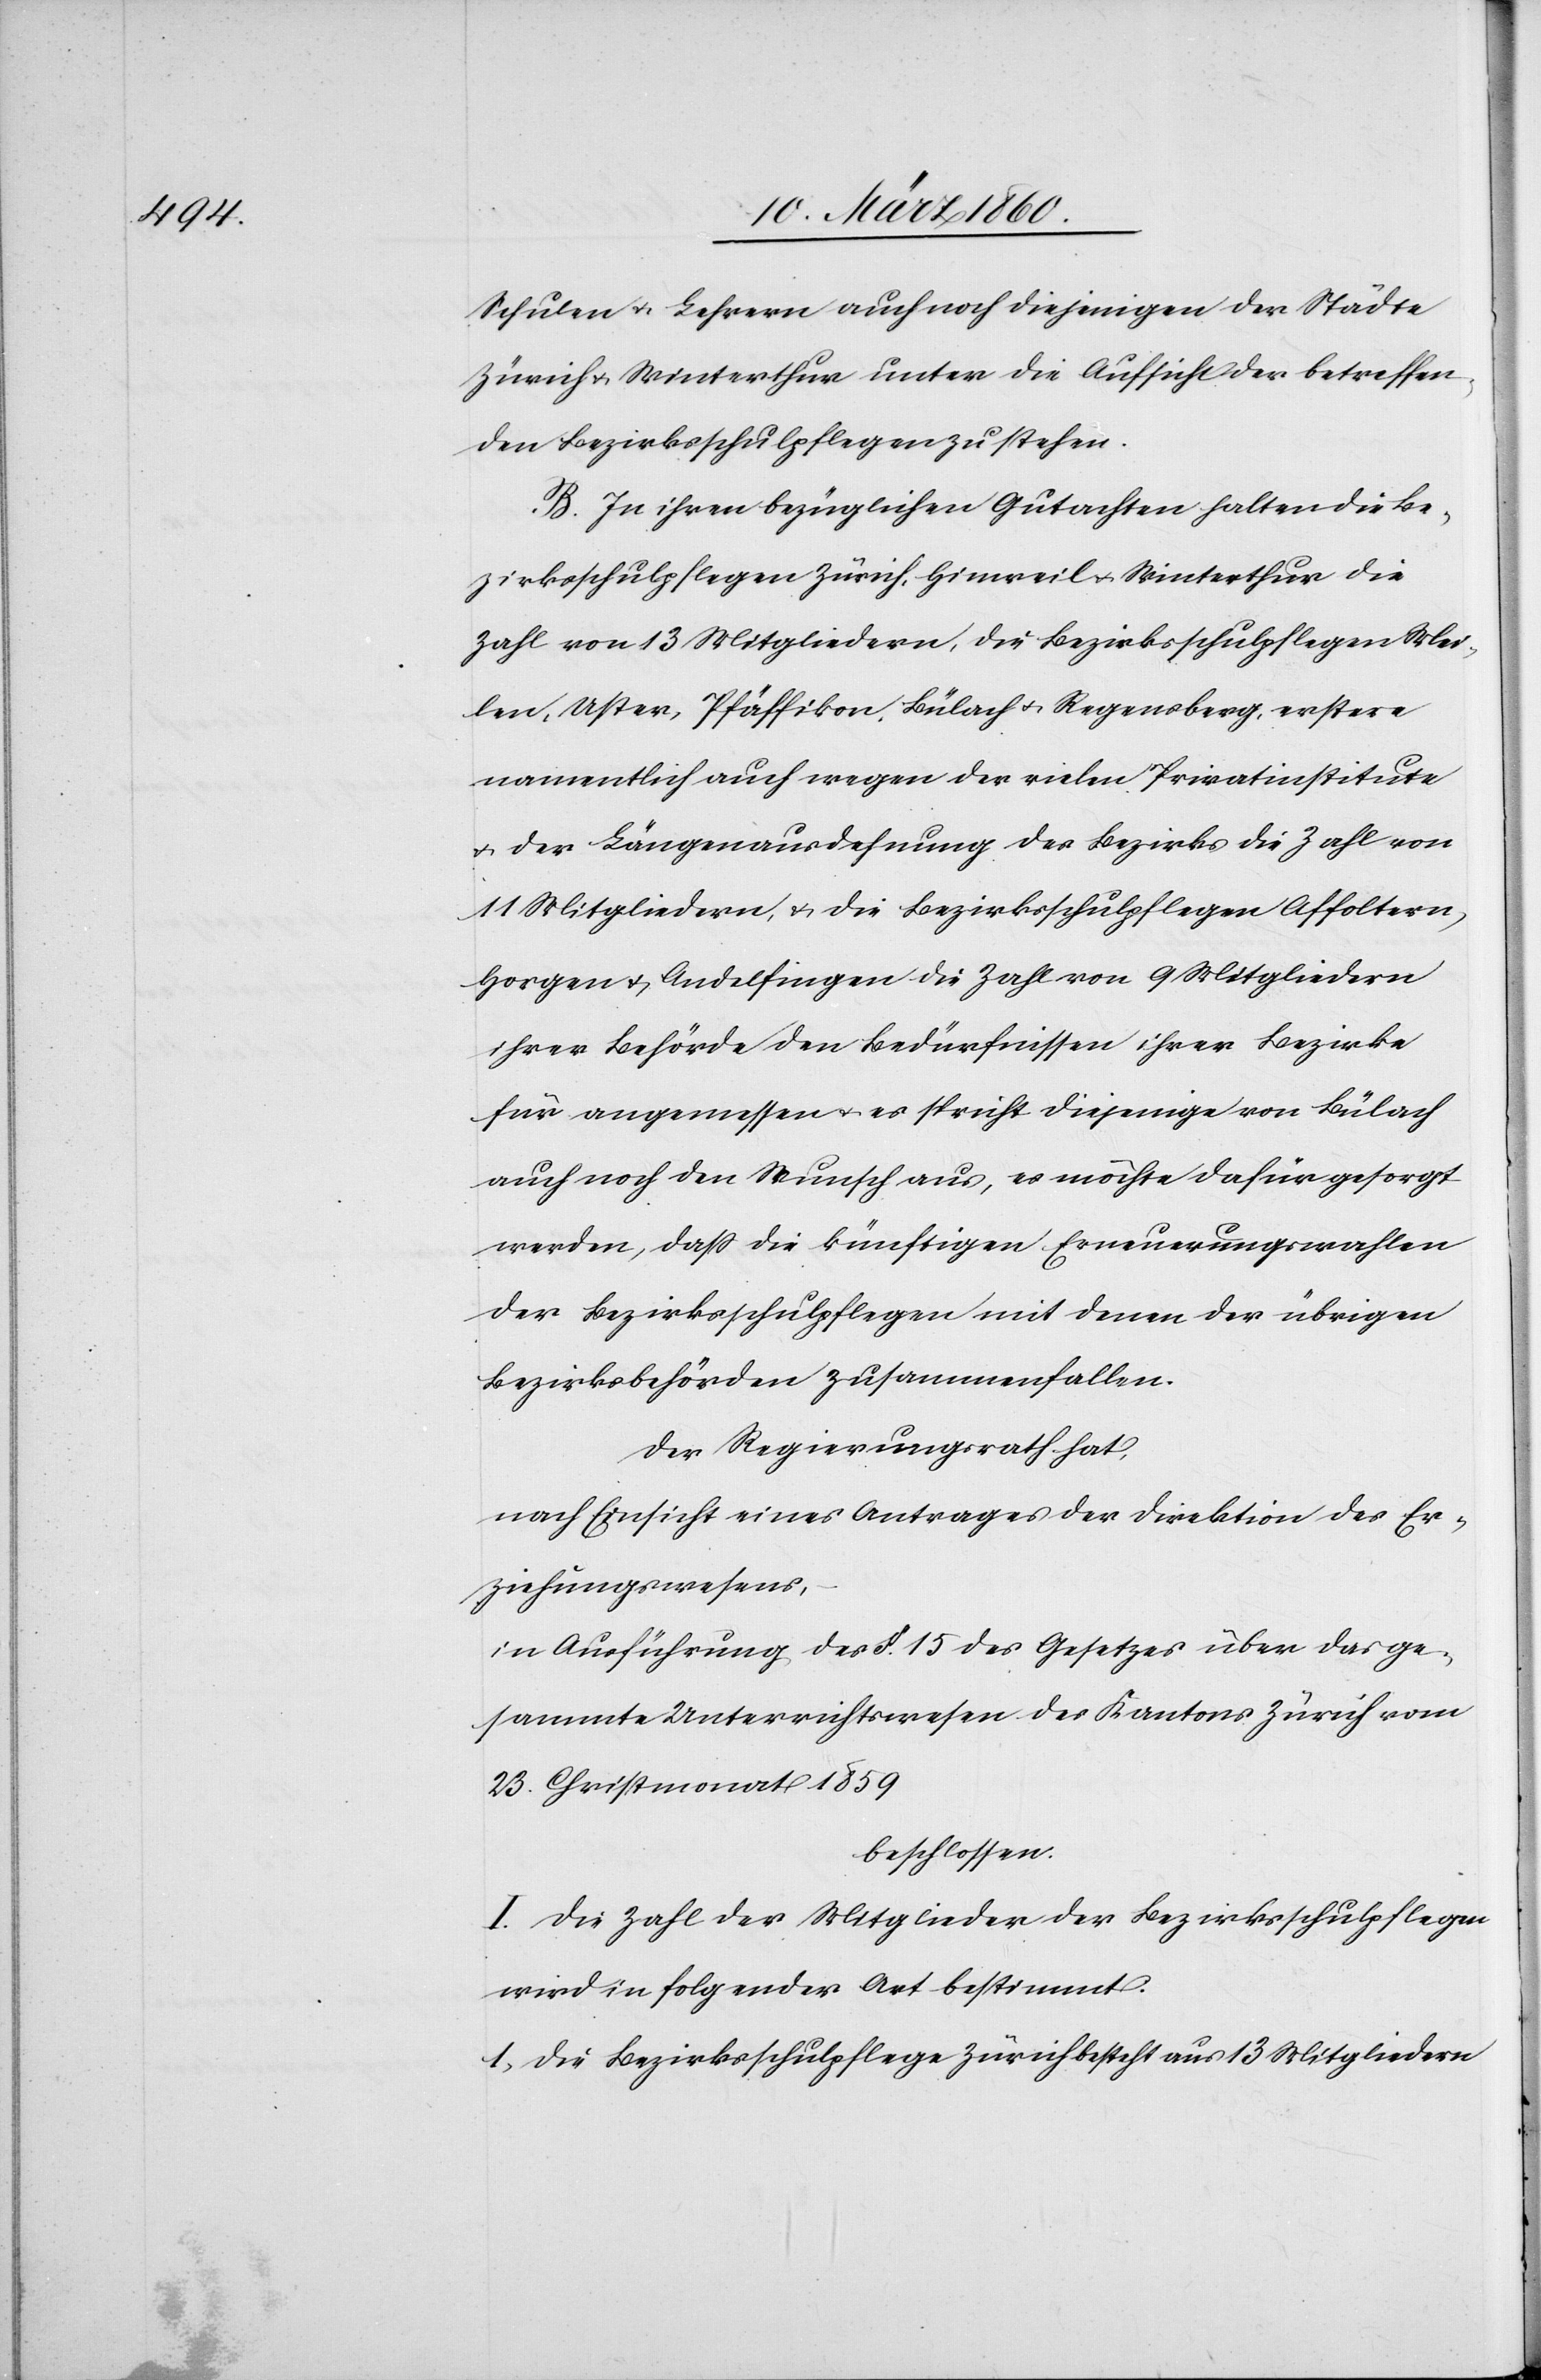
Schulen u. Lehrern auch noch diejenigen der Städte
Zürich u. Winterthur unter die Aufsicht der betreffen¬
den Bezirksschulpflegen zu stehen.
B. In ihren bezüglichen Gutachten halten die Be¬
zirksschulpflegen Zürich, Hinweil u. Winterthur die
Zahl von 13 Mitgliedern, die Bezirksschulpflegen Mei¬
len, Uster, Pfäffikon, Bülach u. Regensberg, erstere
namentlich auch wegen der vielen Privatinstitute
u. der Längenausdehnung des Bezirks die Zahl von
11 Mitgliedern, u. die Bezirksschulpflegen Affoltern,
Horgen u. Andelfingen die Zahl von 9 Mitgliedern
ihrer Behörde den Bedürfnissen ihrer Bezirke
für angemessen u. es spricht diejenige von Bülach
auch noch den Wunsch aus, es möchte dafür gesorgt
werden, dass die künftigen Erneuerungswahlen
der Bezirksschulpflegen mit denen der übrigen
Bezirksbehörden zusammenfallen.
Der Regierungsrath hat,
nach Einsicht eines Antrages der Direktion des Er¬
ziehungswesens
in Ausführung des §. 15. des Gesetzes über das ge¬
sammte Unterrichtswesen des Kantons Zürich vom
23. Christmonat 1859
beschlossen:
I. Die Zahl der Mitglieder der Bezirksschulpflegen
wird in folgender Art bestimmt.